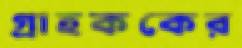
গ্রাহককের